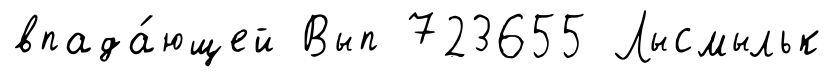
впада́ющей Вып 723655 Лысмыльк